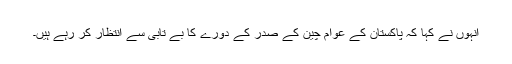
انہوں نے کہا کہ پاکستان کے عوام چین کے صدر کے دورے کا بے تابی سے انتظار کر رہے ہیں۔